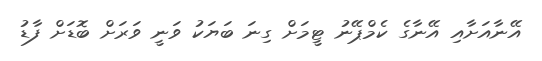
އޭނާއަށާއި އޭނާގެ ކެމްޕޭނު ޓީމަށް ގިނަ ބަޔަކު ވަނީ ވަރަށް ބޮޑަށް ފާޑު